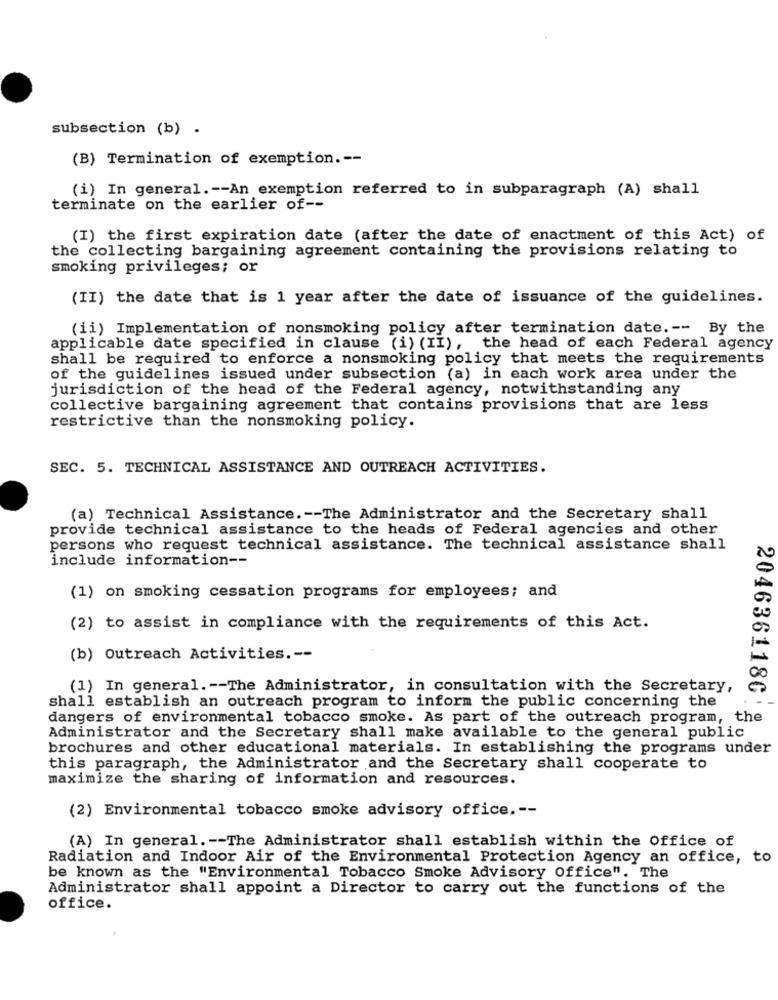
subsection (b) .
(B) Termination of exemption .--
(i) In general .-- An exemption referred to in subparagraph (A) shall
terminate on the earlier of --
(I) the first expiration date (after the date of enactment of this Act) of
the collecting bargaining agreement containing the provisions relating to
smoking privileges; or
(II) the date that is 1 year after the date of issuance of the guidelines.
(ii) Implementation of nonsmoking policy after termination date. -- By the
applicable date specified in clause (i) (II), the head of each Federal agency
shall be required to enforce a nonsmoking policy that meets the requirements
of the guidelines issued under subsection (a) in each work area under the
jurisdiction of the head of the Federal agency, notwithstanding any
collective bargaining agreement that contains provisions that are less
restrictive than the nonsmoking policy.
SEC. 5. TECHNICAL ASSISTANCE AND OUTREACH ACTIVITIES.
(a) Technical Assistance .-- The Administrator and the Secretary shall
provide technical assistance to the heads of Federal agencies and other
persons who request technical assistance. The technical assistance shall
include information --
(1) on smoking cessation programs for employees; and
(2) to assist in compliance with the requirements of this Act.
(b) Outreach Activities. --
(1) In general .-- The Administrator, in consultation with the Secretary,
shall establish an outreach program to inform the public concerning the
2046361186
dangers of environmental tobacco smoke. As part of the outreach program, the
Administrator and the Secretary shall make available to the general public
brochures and other educational materials. In establishing the programs under
this paragraph, the Administrator and the Secretary shall cooperate to
maximize the sharing of information and resources.
(2) Environmental tobacco smoke advisory office ,--
(A) In general. -- The Administrator shall establish within the Office of
Radiation and Indoor Air of the Environmental Protection Agency an office, to
be known as the "Environmental Tobacco Smoke Advisory Office". The
Administrator shall appoint a Director to carry out the functions of the
office.